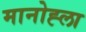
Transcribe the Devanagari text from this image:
मानोह्ला